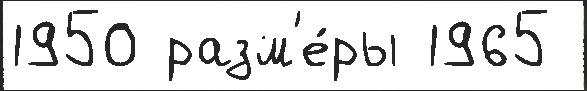
1950 разм'е́ры 1965